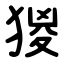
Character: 猣